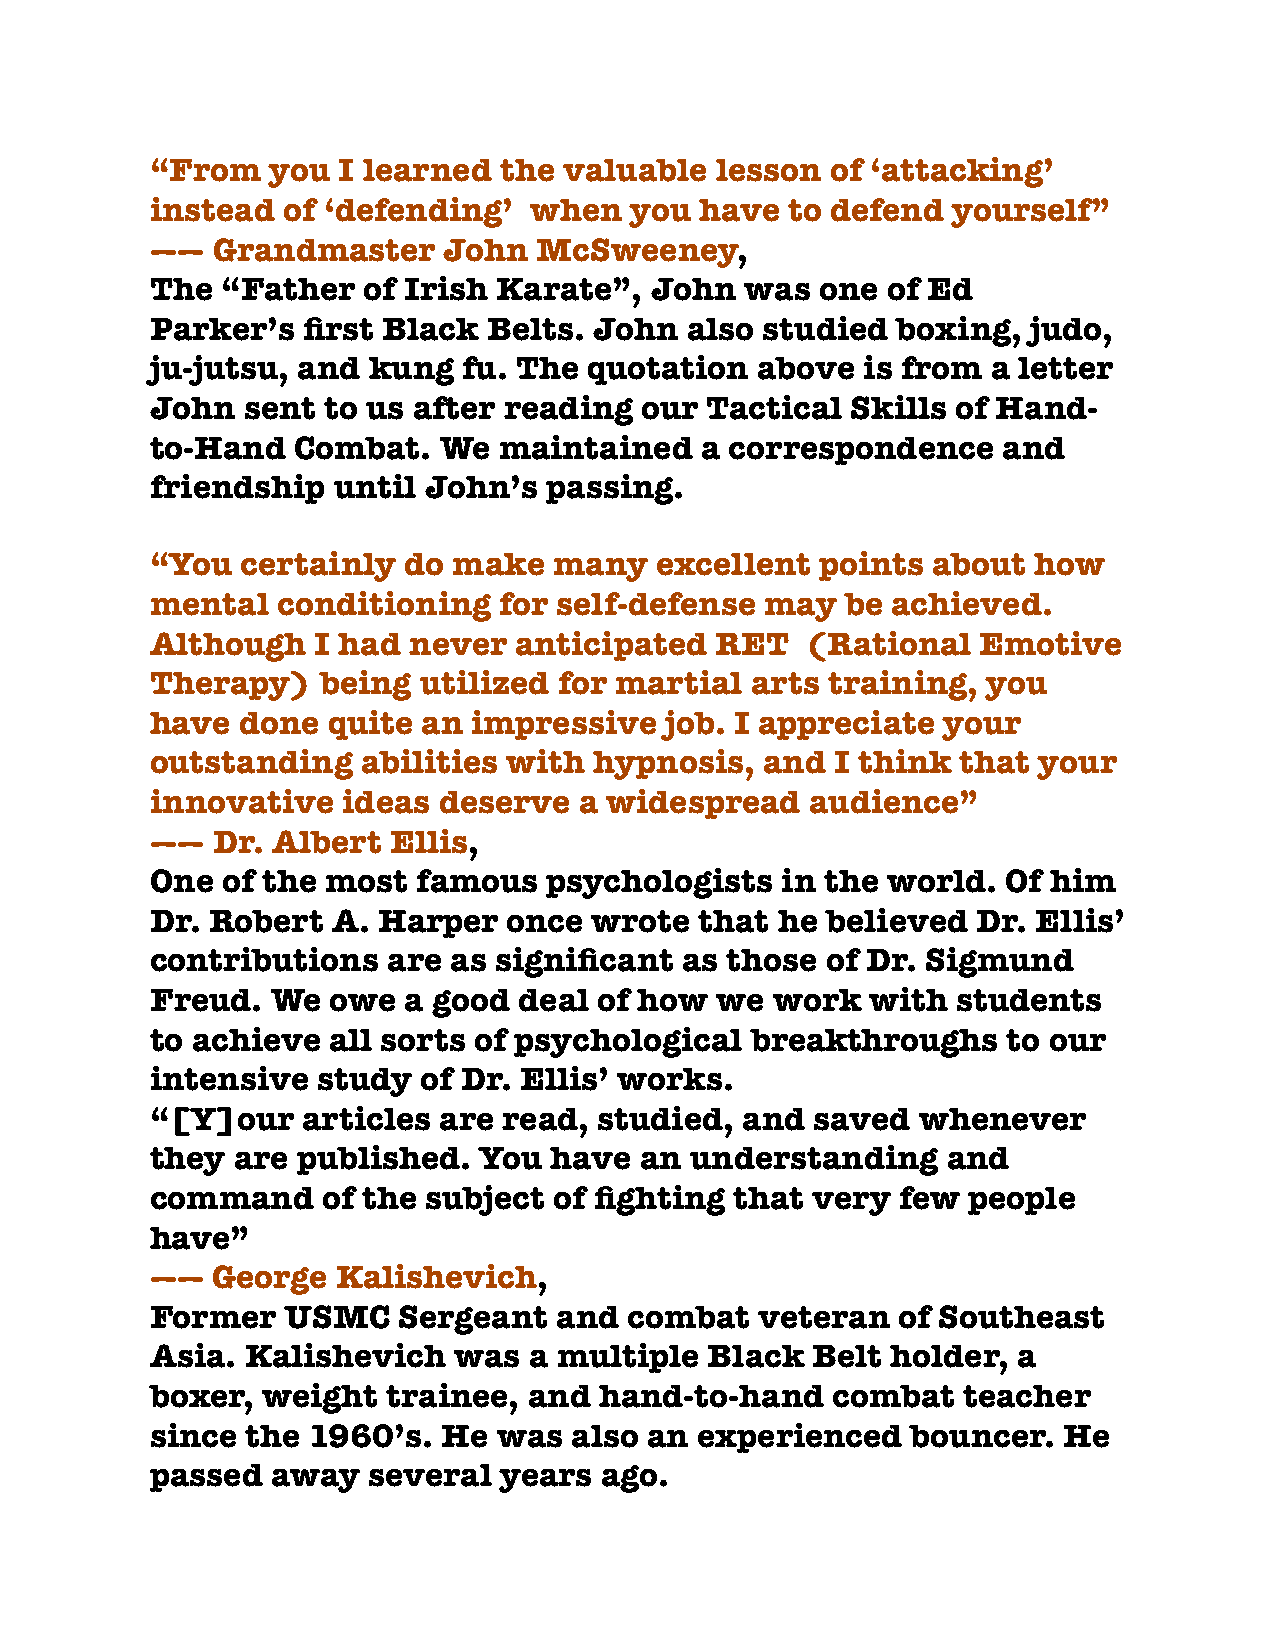
“From   you I learned  the valuable  lesson  of ‘attacking’
 instead  of ‘defending’  when   you have  to defend  yourself”
 ——  Grandmaster    John   McSweeney,
 The  “Father  of Irish Karate”,  John  was  one  of Ed
 Parker’s  first Black Belts. John  also  studied boxing,  judo,
 ju-jutsu, and kung   fu. The quotation  above  is from  a letter
 John  sent to us after reading  our  Tactical Skills of Hand-
 to-Hand  Combat.   We  maintained   a correspondence    and
 friendship  until John’s  passing.
 “You  certainly  do make   many  excellent  points  about  how
 mental  conditioning   for self-defense  may  be achieved.
 Although   I had never  anticipated  RET   (Rational   Emotive
 Therapy)   being  utilized for martial  arts training, you
 have  done  quite an impressive   job. I appreciate your
 outstanding   abilities with hypnosis,   and I think  that your
 innovative   ideas deserve  a widespread    audience”
 ——  Dr. Albert  Ellis,
 One  of the most  famous  psychologists   in the world.  Of him
 Dr. Robert  A. Harper   once wrote  that he  believed  Dr. Ellis’
 contributions   are as significant as those  of Dr. Sigmund
 Freud.  We  owe  a good deal  of how we  work   with students
 to achieve  all sorts of psychological  breakthroughs    to our
 intensive  study  of Dr. Ellis’ works.
 “[Y]our   articles are read,  studied, and  saved  whenever
 they are  published.  You have  an  understanding    and
 command    of the subject  of fighting that very  few people
 have”
 ——  George  Kalishevich,
 Former   USMC   Sergeant   and  combat  veteran   of Southeast
 Asia. Kalishevich   was  a multiple  Black  Belt holder, a
 boxer, weight   trainee, and  hand-to-hand   combat   teacher
 since the 1960’s.  He  was  also an experienced   bouncer.  He
 passed  away  several  years  ago.